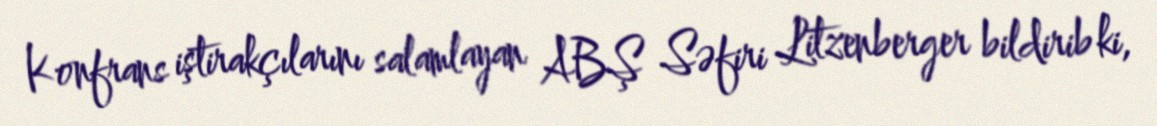
Konfrans iştirakçılarını salamlayan ABŞ Səfiri Litzenberger bildirib ki,